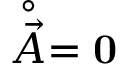
\stackrel { \circ } { \vec { A } } = { \bf 0 }